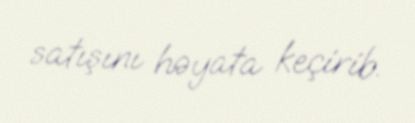
satışını həyata keçirib.